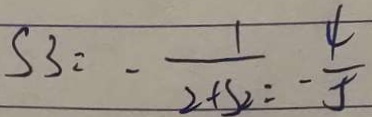
S _ { 3 } = - \frac { 1 } { 2 + S _ { 2 } } = - \frac { 4 } { 5 }